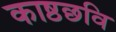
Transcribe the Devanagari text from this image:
काष्ठछवि